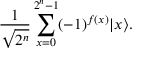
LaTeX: { \frac { 1 } { \sqrt { 2 ^ { n } } } } \sum _ { x = 0 } ^ { 2 ^ { n } - 1 } ( - 1 ) ^ { f ( x ) } | x \rangle .